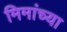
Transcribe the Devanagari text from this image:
मिमांच्या